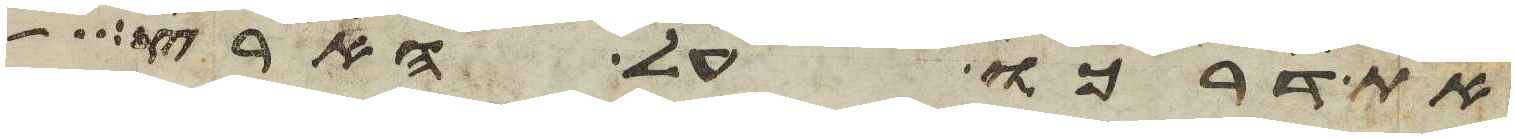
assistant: את דרכו על הארץ